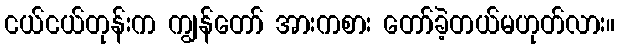
ငယ်ငယ်တုန်းက ကျွန်တော် အားကစား တော်ခဲ့တယ်မဟုတ်လား။